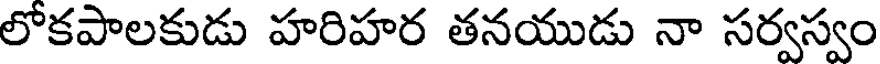
లోకపాలకుడు హరిహర తనయుడు నా సర్వస్వం